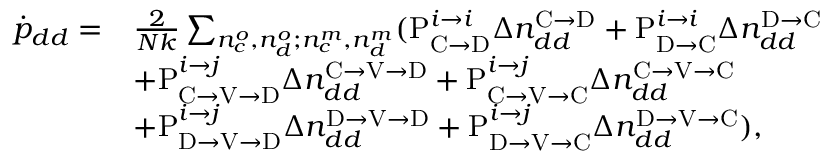
\begin{array} { r l } { \dot { p } _ { d d } = } & { \frac { 2 } { N k } \sum _ { n _ { c } ^ { o } , n _ { d } ^ { o } ; n _ { c } ^ { m } , n _ { d } ^ { m } } ( \mathrm { P } _ { \mathrm { C } \rightarrow \mathrm { D } } ^ { i \rightarrow i } \Delta n _ { d d } ^ { \mathrm { C } \rightarrow \mathrm { D } } + \mathrm { P } _ { \mathrm { D } \rightarrow \mathrm { C } } ^ { i \rightarrow i } \Delta n _ { d d } ^ { \mathrm { D } \rightarrow \mathrm { C } } } \\ & { + \mathrm { P } _ { \mathrm { C } \rightarrow \mathrm { V } \rightarrow \mathrm { D } } ^ { i \rightarrow j } \Delta n _ { d d } ^ { \mathrm { C } \rightarrow \mathrm { V } \rightarrow \mathrm { D } } + \mathrm { P } _ { \mathrm { C } \rightarrow \mathrm { V } \rightarrow \mathrm { C } } ^ { i \rightarrow j } \Delta n _ { d d } ^ { \mathrm { C } \rightarrow \mathrm { V } \rightarrow \mathrm { C } } } \\ & { + \mathrm { P } _ { \mathrm { D } \rightarrow \mathrm { V } \rightarrow \mathrm { D } } ^ { i \rightarrow j } \Delta n _ { d d } ^ { \mathrm { D } \rightarrow \mathrm { V } \rightarrow \mathrm { D } } + \mathrm { P } _ { \mathrm { D } \rightarrow \mathrm { V } \rightarrow \mathrm { C } } ^ { i \rightarrow j } \Delta n _ { d d } ^ { \mathrm { D } \rightarrow \mathrm { V } \rightarrow \mathrm { C } } ) , } \end{array}